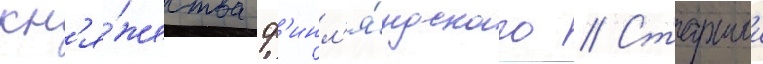
кн'я́жества ф'инл'я́ндского // Старшии